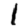
Digit: 1